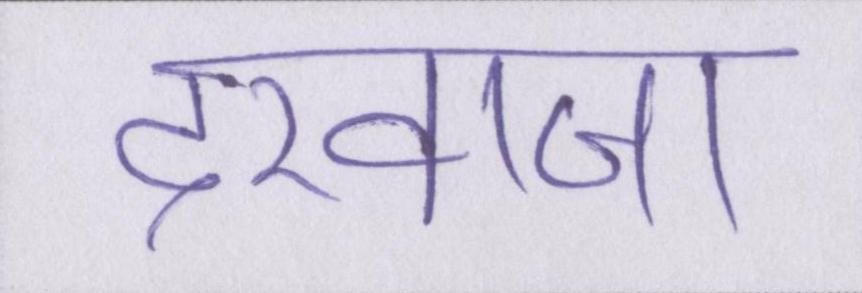
दरवाजा